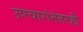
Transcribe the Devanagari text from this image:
उपचारांनंतरही